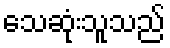
သေဆုံးသူသည်